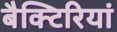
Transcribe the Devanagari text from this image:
बैक्टिरियां